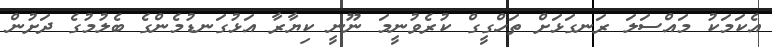
އެކަމަކު މައްސަލަ ރަނގަޅަށް ތަހްގީގް ކުރެވުނީމަ ނޫނީ ކިޔާރާ އަޅުގަނޑުމެންގެ ބެލުމުގެ ދަށުން